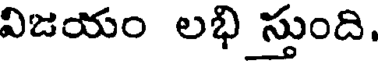
విజయం లభి స్తుంది.